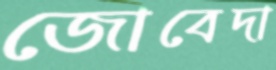
জোবেদা